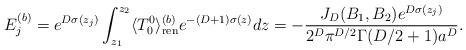
LaTeX: \begin{align*} E_j^{(b)}=e^{D\sigma (z_j)}\int _{z_1}^{z_2}\langle T_0^0\rangle ^{(b)}_{{\mathrm{ren}}}e^{-(D+1)\sigma (z)}dz=-\frac{J_D(B_1,B_2) e^{D\sigma (z_j)}}{2^D\pi ^{D/2}\Gamma (D/2+1)a^D}.\end{align*}